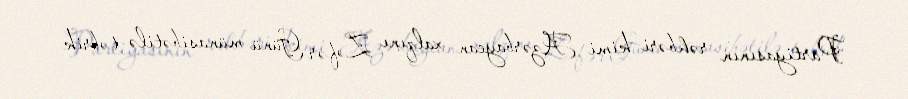
Partiyasının rəhbəri kimi Azərbaycan xalqını Zəfər Günü münasibətilə təbrik